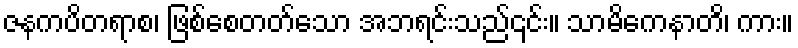
ဇနကပိတရာစ၊ ဖြစ်စေတတ်သော အဘရင်းသည်၎င်း။ သာမိကေနာတိ၊ ကား။